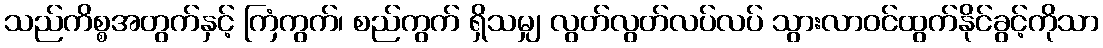
သည်ကိစ္စအတွက်နှင့် ကြံကွက်၊ စည်ကွက် ရှိသမျှ လွတ်လွတ်လပ်လပ် သွားလာဝင်ထွက်နိုင်ခွင့်ကိုသာ